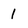
Character: 1